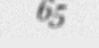
65